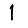
Digit: 1